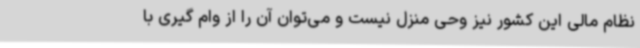
نظام مالی این کشور نیز وحی منزل نیست و می‌توان آن را از وام گیری با